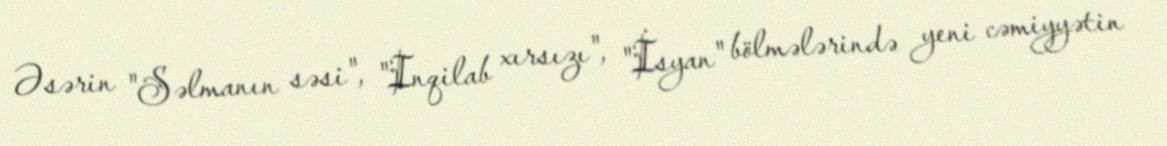
Əsərin "Səlmanın səsi", "Inqilab xırsızı", "İsyan" bölmələrində yeni cəmiyyətin